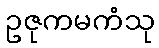
ဥဇုကမကံသု